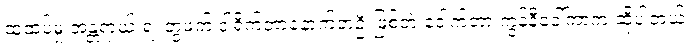
ထူထပ်မှု အန္တရာယ် ရဲ့ တွဲဖက် ဒါရိုက်တာနောက်တဦးဖြစ်တဲ့ ဒေါက်တာ ကွန်နီဝေါ်ကာက ဆိုပါတယ်။